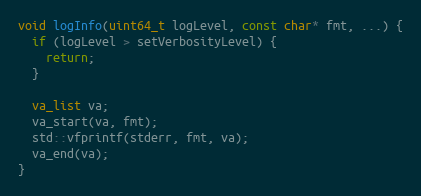
Language: C++
void logInfo(uint64_t logLevel, const char* fmt, ...) {
  if (logLevel > setVerbosityLevel) {
    return;
  }

  va_list va;
  va_start(va, fmt);
  std::vfprintf(stderr, fmt, va);
  va_end(va);
}